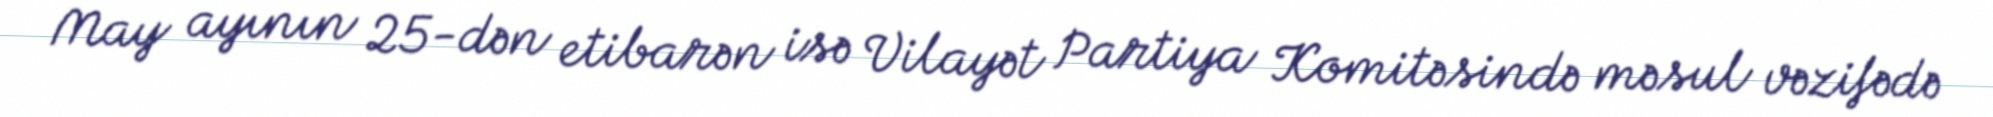
May ayının 25-dən etibarən isə Vilayət Partiya Komitəsində məsul vəzifədə